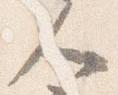
人